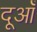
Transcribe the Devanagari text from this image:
दूआँ